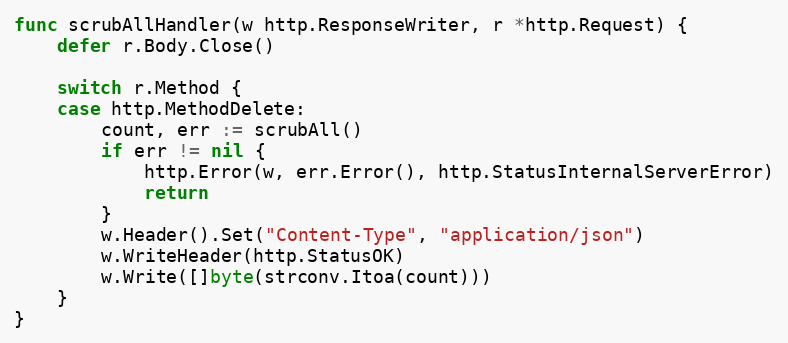
Language: Go
func scrubAllHandler(w http.ResponseWriter, r *http.Request) {
	defer r.Body.Close()

	switch r.Method {
	case http.MethodDelete:
		count, err := scrubAll()
		if err != nil {
			http.Error(w, err.Error(), http.StatusInternalServerError)
			return
		}
		w.Header().Set("Content-Type", "application/json")
		w.WriteHeader(http.StatusOK)
		w.Write([]byte(strconv.Itoa(count)))
	}
}